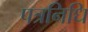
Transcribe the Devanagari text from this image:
पत्रनिधि